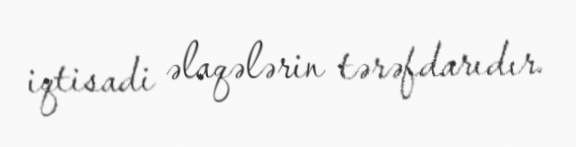
iqtisadi əlaqələrin tərəfdarıdır.